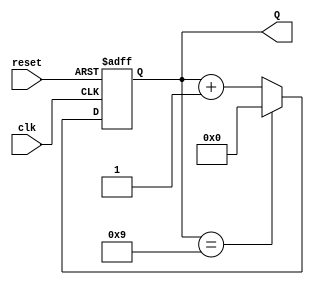
module BCD_Asynchronous_Counter (
    input wire clk,          // Clock input
    input wire reset,        // Asynchronous reset input
    output reg [3:0] Q       // 4-bit output for BCD value
);

    // Always block triggered by clock or reset
    always @(posedge clk or posedge reset) begin
        if (reset) begin
            // Asynchronous reset
            Q <= 4'b0000;    // Reset BCD counter to 0
        end else begin
            // Increment the counter
            if (Q == 4'b1001) begin
                Q <= 4'b0000; // Roll over to 0 after reaching 9
            end else begin
                Q <= Q + 1;   // Increment the BCD counter
            end
        end
    end

endmodule